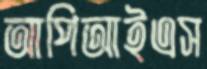
আপিআইএস